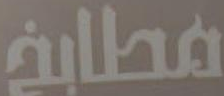
مطابخ